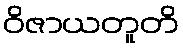
ဝိဇာယတူတိ